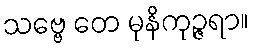
သဗ္ဗေ တေ မုနိကုဉ္ဇရာ။